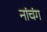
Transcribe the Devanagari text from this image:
नांचंग